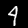
Digit: 4